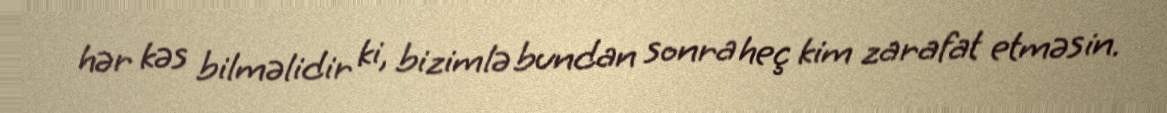
hər kəs bilməlidir ki, bizimlə bundan sonra heç kim zarafat etməsin.